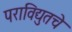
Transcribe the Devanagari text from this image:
पराविद्युतचे